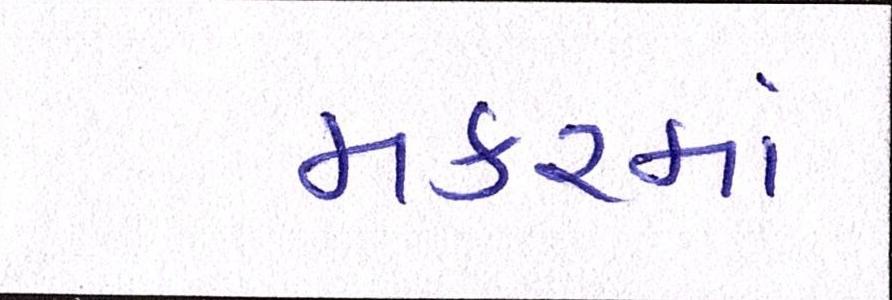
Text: મકરમાં